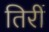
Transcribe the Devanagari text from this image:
तिरीं